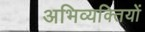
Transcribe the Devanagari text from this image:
अभिव्यक्‍तियों